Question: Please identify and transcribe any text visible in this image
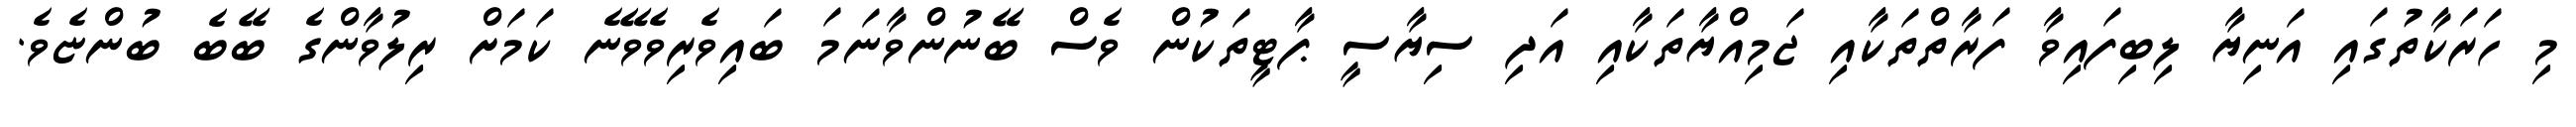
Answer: މި ހަރަކާތުގައި އަނިޔާ ލިބިފައިވާ ފަރާތްތަކާއި ޖަމިއްޔާތަކާއި އަދި ސިޔާސީ ޕާޓީތަކުން ވެސް ބޭނުންވާނަމަ ބައިވެރިވެވޭނެ ކަމަށް ރިލުވާންގެ ބޭބެ ބުންޏެވެ.